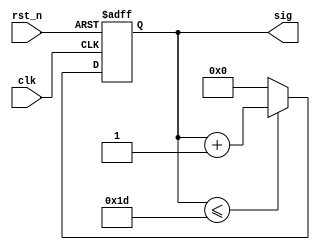
module HexCounter(clk,rst_n,sig); 
input clk,rst_n;
output [25:0] sig;
reg [3:0]hex;
reg [25:0]sig;

//assign clk=(sig<=30000000)

always@(posedge clk,negedge rst_n)
begin
if(!rst_n)
begin
hex<=0;
end
else if(sig==0)
begin
hex<=hex+1;
end
end

always@(posedge clk,negedge rst_n)
begin
if(rst_n==0)
begin
sig<=0;
end
else if(sig<=(30-1))
begin
sig=sig+1;
end
else
begin
sig<=0;
end
end

endmodule